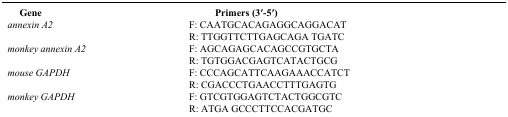
| Gene | Primers (3′-5′) |
 | --- | --- |
 | <ROWSPAN=2> annexin A2 | F: CAATGCACAGAGGCAGGACAT |
 | R: TTGGTTCTTGAGCAGA TGATC |
 | <ROWSPAN=2> monkey annexin A2 | F: AGCAGAGCACAGCCGTGCTA |
 | R: TGTGGACGAGTCATACTGCG |
 | <ROWSPAN=2> mouse GAPDH | F: CCCAGCATTCAAGAAACCATCT |
 | R: CGACCCTGAACCTTTGAGTG |
 | <ROWSPAN=2> monkey GAPDH | F: GTCGTGGAGTCTACTGGCGTC |
 | R: ATGA GCCCTTCCACGATGC |